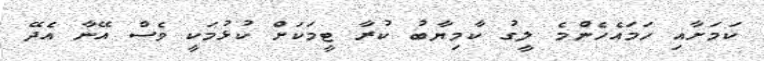
ކަމަށާއި ހަމައެހެންމެ ލީގު ކާމިޔާބު ކުރާ ޓީމަކަށް ކުޅުމަކީ ވެސް އޭނާ އެދޭ